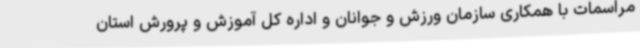
مراسمات با همکاری سازمان ورزش و جوانان و اداره کل آموزش و پرورش استان